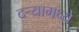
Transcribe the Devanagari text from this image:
दऱ्यामध्ये